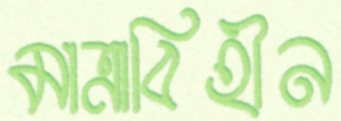
মাত্রাবিহীন